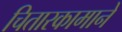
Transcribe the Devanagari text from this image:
चितारकामाने